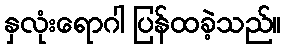
နှလုံးရောဂါ ပြန်ထခဲ့သည်။